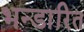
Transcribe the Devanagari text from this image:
भन्‍डारित